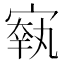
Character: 𡪐